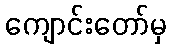
ကျောင်းတော်မှ